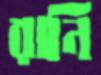
রানি